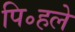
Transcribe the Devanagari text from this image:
पि॰हले